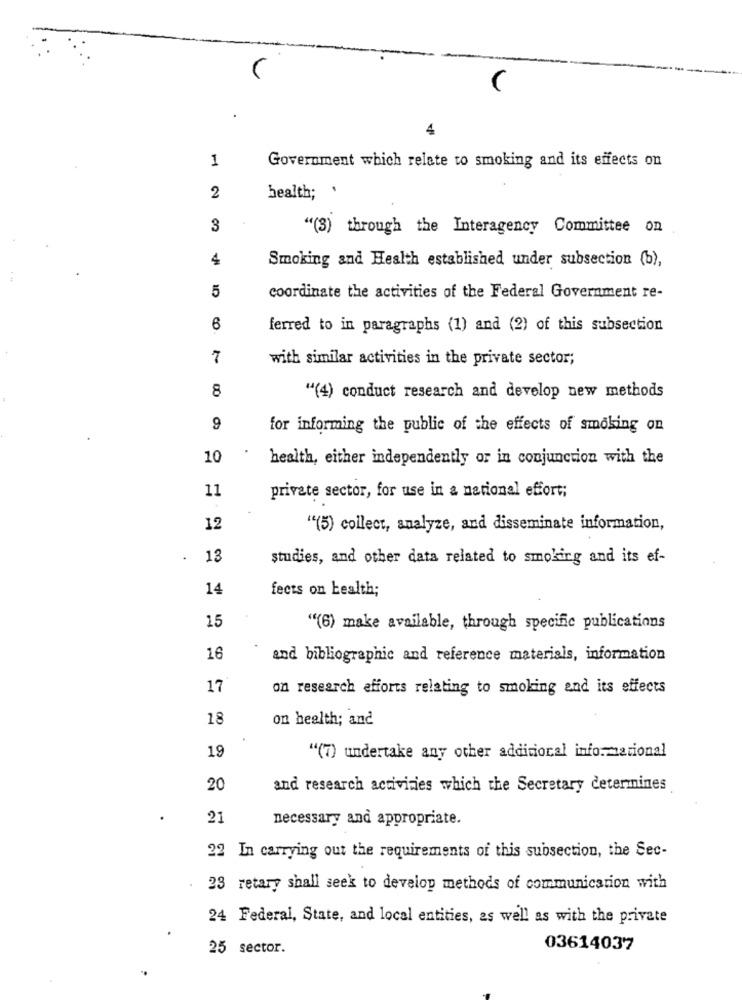
4
1
Government which relate to smoking and its effects on
2
health; '
3
"(3) through the Interagency Committee on
4
Smoking and Health established under subsection (b),
5
coordinate the activities of the Federal Government re-
6
ferred to in paragraphs (1) and (2) of this subsection
7
with similar activities in the private sector;
8
"(4) conduct research and develop new methods
9
for informing the public of the effects of smoking on
10
.
health, either independently or in conjunction with the
11
private sector, for use in a national effort;
12
""(5) collect, analyze, and disseminate information,
.
13
studies, and other data related to smoking and its ef-
14
fects on health;
15
"(6) make available, through specific publications
16
and bibliographic and reference materials, information
17
on research efforts relating to smoking and its effects
18
on health; and
19
"(7) undertake any other additional informational
20
and research activities which the Secretary determines
21
necessary and appropriate.
22 In carrying out the requirements of this subsection, the Sec-
23 retary shall seek to develop methods of communication with
24 Federal, State, and local entities, as well as with the private
25 sector.
03614037